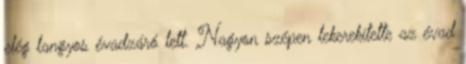
elég langyos évadzáró lett. Nagyon szépen lekerekítette az évad